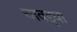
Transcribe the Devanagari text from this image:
चावड्या